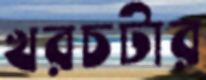
খরচটার